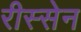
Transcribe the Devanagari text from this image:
रीस्सेन